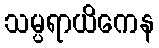
သမ္ပရာယိကေန